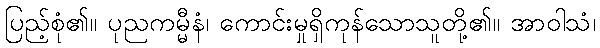
ပြည့်စုံ၏။ ပုညကမ္မီနံ၊ ကောင်းမှုရှိကုန်သောသူတို့၏။ အာဝါသံ၊